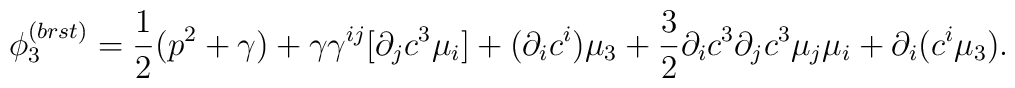
\phi_3^{(brst)}= \frac{1}{2}(p^2+\gamma )+\gamma\gamma^{ij}[\partial_jc^3 \mu_i] +(\partial_ic^i)\mu_3+\frac{3}{2}\partial_ic^3\partial_jc^3\mu_j\mu_i+\partial_i(c^i\mu_3).